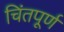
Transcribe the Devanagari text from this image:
चिंतपूर्ण